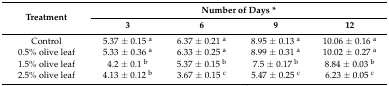
<table><thead><tr><td rowspan="2"><b>Treatment</b></td><td colspan="4"><b>Number of Days *</b></td></tr><tr><td><b>3</b></td><td><b>6</b></td><td><b>9</b></td><td><b>12</b></td></tr></thead><tbody><tr><td>Control</td><td>5.37 ± 0.15 <sup>a</sup></td><td>6.37 ± 0.21 <sup>a</sup></td><td>8.95 ± 0.13 <sup>a</sup></td><td>10.06 ± 0.16 <sup>a</sup></td></tr><tr><td>0.5% olive leaf</td><td>5.33 ± 0.36 <sup>a</sup></td><td>6.33 ± 0.25 <sup>a</sup></td><td>8.99 ± 0.31 <sup>a</sup></td><td>10.02 ± 0.27 <sup>a</sup></td></tr><tr><td>1.5% olive leaf</td><td>4.2 ± 0.1 <sup>b</sup></td><td>5.37 ± 0.15 <sup>b</sup></td><td>7.5 ± 0.17 <sup>b</sup></td><td>8.84 ± 0.03 <sup>b</sup></td></tr><tr><td>2.5% olive leaf</td><td>4.13 ± 0.12 <sup>b</sup></td><td>3.67 ± 0.15 <sup>c</sup></td><td>5.47 ± 0.25 <sup>c</sup></td><td>6.23 ± 0.05 <sup>c</sup></td></tr></tbody></table>